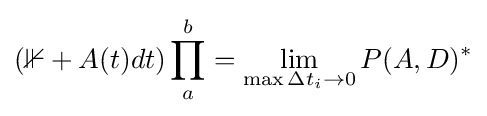
(\mathbb {1} +A(t)dt)\prod _{a}^{b}=\lim _{\max \Delta t_{i}\to 0}P(A,D)^{*}